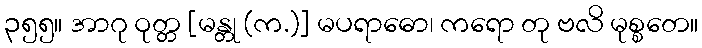
၃၅၅။ အာဂု ဝုတ္တ [မန္တု (က.)] မပရာဓော၊ ကရော တု ဗလိ မုစ္စတေ။